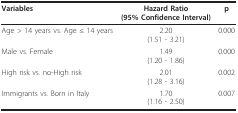
<table><thead><tr><td><b>Variables</b></td><td><b>Hazard Ratio(95% Confidence Interval)</b></td><td><b>p</b></td></tr></thead><tbody><tr><td>Age &gt; 14 years vs. Age ≤ 14 years</td><td>2.20(1.51 - 3.21)</td><td>0.000</td></tr><tr><td>Male vs. Female</td><td>1.49(1.20 - 1.86)</td><td>0.000</td></tr><tr><td>High risk vs. no-High risk</td><td>2.01(1.28 - 3.16)</td><td>0.002</td></tr><tr><td>Immigrants vs. Born in Italy</td><td>1.70(1.16 - 2.50)</td><td>0.007</td></tr></tbody></table>